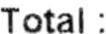
TOTAL :